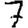
Digit: 7